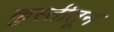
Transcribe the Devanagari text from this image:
कुस्तीतून